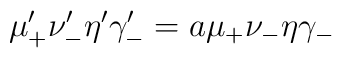
\mu'_+ \nu'_- \eta' \gamma'_- = a \mu_+ \nu_- \eta \gamma_-